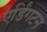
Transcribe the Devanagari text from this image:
एर्डिंगटन